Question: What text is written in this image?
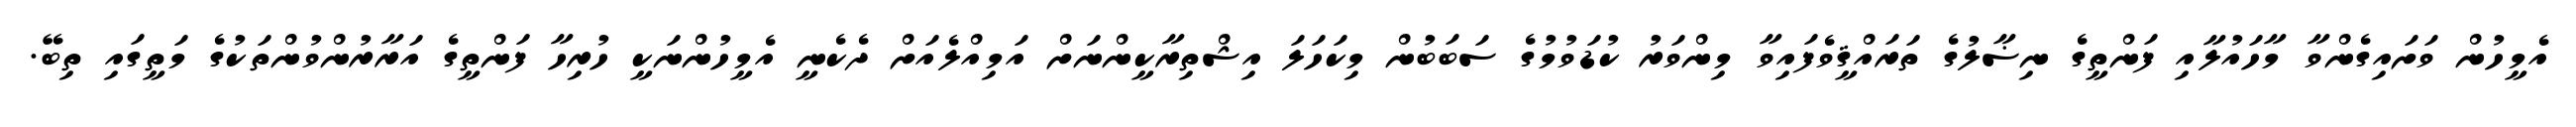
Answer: އެމީހުން ވަށައިގެންވާ މާހައުލާއި ފަންތީގެ ނިޟާލުގެ ތަރައްޤީވެފައިވާ މިންވަރު ކުޑަވުމުގެ ސަބަބުން މިކަހަލަ އިޝްތިރާކީންނަށް އަމިއްލެއަށް ދެކެނީ އެމީހުންނަކީ ހުރިހާ ފަންތީގެ އަރާރުންވުންތަކުގެ މަތީގައި ތިބޭ.